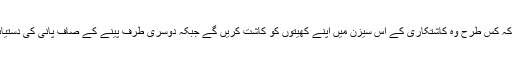
علاقے کے مکین اس وقت انتہائی پریشانی کے عالم میں ہیں کہ کس طرح وہ کاشتکاری کے اس سیزن میں اپنے کھیتوں کو کاشت کریں گے جبکہ دوسری طرف پینے کے صاف پانی کی دستیابی بھی ان کے لیے انتہائی سنگین صورت اختیار کرگئی ہے۔